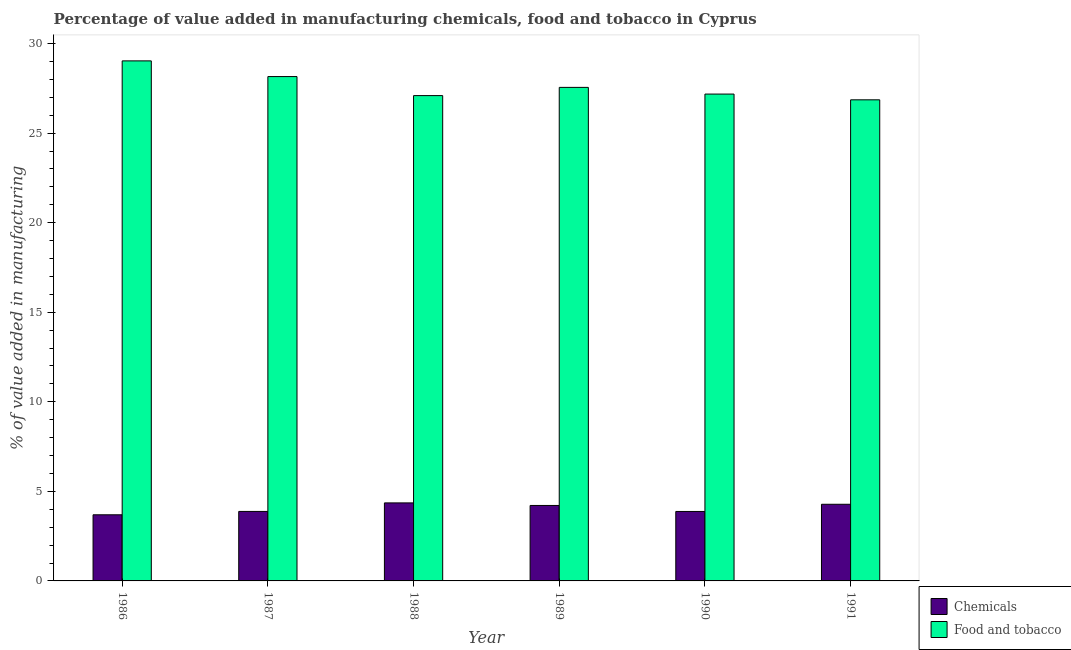
| Year | Chemicals | Food and tobacco |
 | --- | --- | --- |
 | 1986 | 3.69 | 29 |
 | 1987 | 3.88 | 28.2 |
 | 1988 | 4.36 | 27.1 |
 | 1989 | 4.21 | 27.6 |
 | 1990 | 3.88 | 27.2 |
 | 1991 | 4.28 | 26.9 |